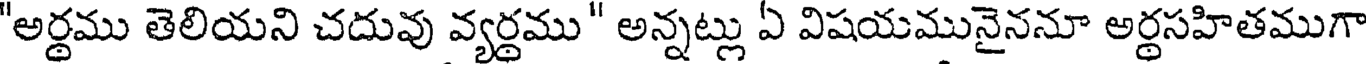
"అర్థము తెలియని చదువు వ్యర్థము" అన్నట్లు ఏ విషయమునైననూ అర్థసహితముగా